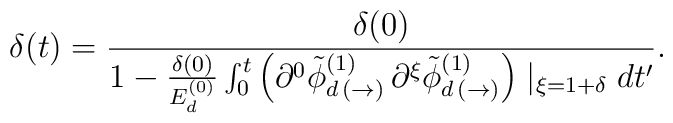
\delta (t) = \frac{\delta (0)}{1 - \frac{\delta (0)}{E^{(0)}_{d}} \int_{0}^{t}\left( \partial^{0} \tilde{\phi}^{(1)}_{d \, (\rightarrow)}\, \partial^{\xi} \tilde{\phi}^{(1)}_{d \, (\rightarrow)} \right) \mid_{\xi = 1 + \delta}dt' }.